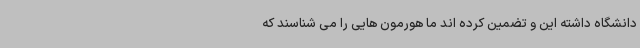
دانشگاه داشته این و تضمین کرده اند ما هورمون هایی را می شناسند که